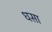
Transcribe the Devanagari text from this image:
धसा